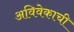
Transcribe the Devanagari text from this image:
अविवेकाची